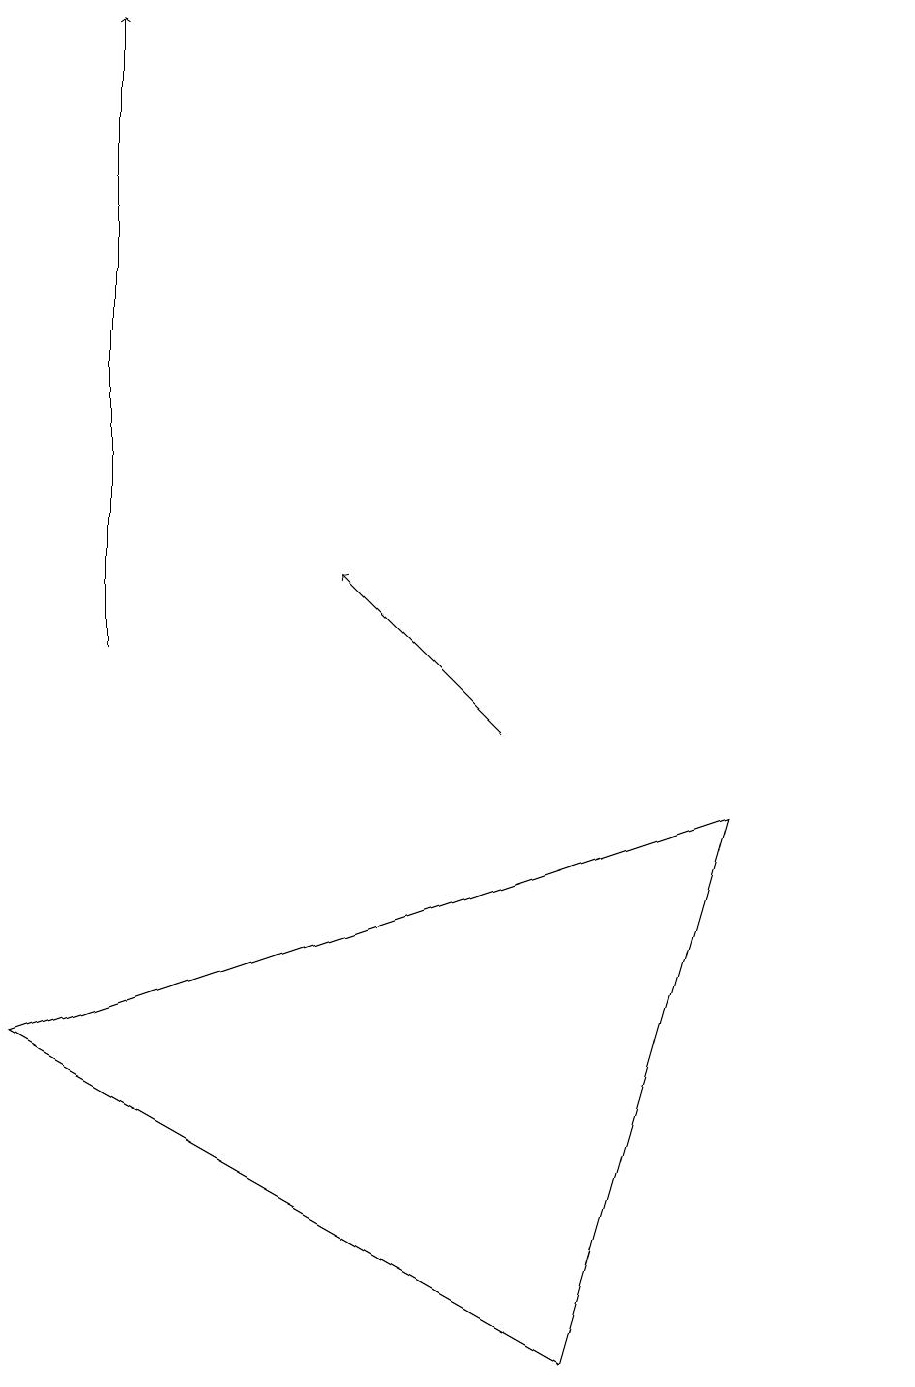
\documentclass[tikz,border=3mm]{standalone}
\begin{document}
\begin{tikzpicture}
\draw (11,10) circle (0);
\draw[->] (1,11) -- (1,19);
\draw (7,2) -- (0,6) -- (9,9) -- cycle;
\draw[->] (6,10) -- (4,12);
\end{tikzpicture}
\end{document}